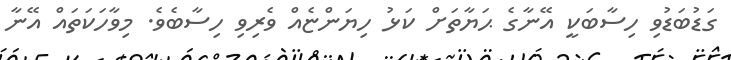
ގަޑުބަޑުވި ހިސާބަކީ އޭނާގެ ޙަޔާތަށް ކަޅު ހިޔަންޏެއް ވެރިވި ހިސާބެވެ. މިވާހަކަތައް އޭނާ